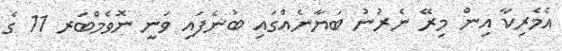
އެމެރިކާ އިން މިރޭ ނެރުނު ބަޔާނެއްގައި ބުނެފައި ވަނީ ނޮވެމްބަރ 11 ގެ